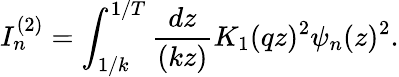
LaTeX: I_{n}^{(2)}=\int_{1/k}^{1/T}{\frac{dz}{(kz)}}K_{1}(qz)^{2}\psi_{n}(z)^{2}.